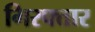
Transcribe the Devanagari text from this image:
गिरफ्त्तार